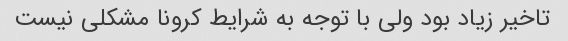
تاخیر زیاد بود ولی با توجه به شرایط کرونا مشکلی نیست